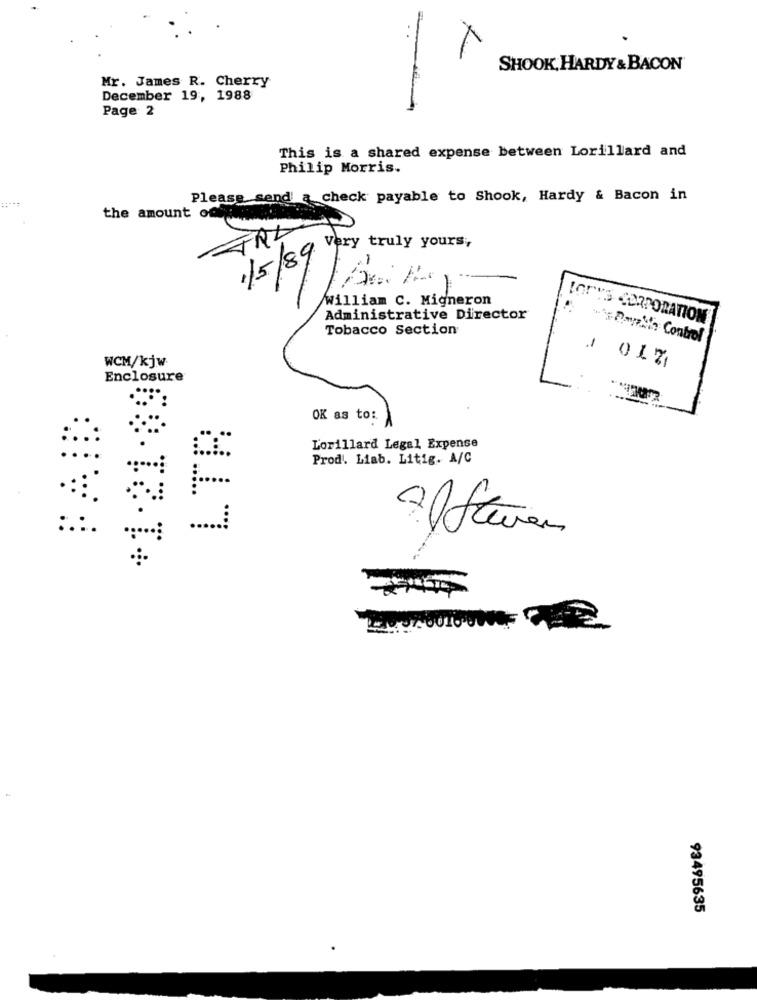
SHOOK, HARDY & BACON
Mr. James R. Cherry
December 19, 1988
Page 2
This is a shared expense between Lorillard and
Philip Morris.
Please send a check payable to Shook, Hardy & Bacon in
the amount of
William C. Migneron
Administrative Director
IGry'S CORPORATION
Tobacco Section
1.5.2ayakta Control
-
WCM/kjw
Enclosure
LTR
OK as to:
Lorillard Legal Expense
Prod. Liab. Litig. A/C
:...
::
:.:
Af Steven
68.13.T+
93495635